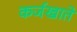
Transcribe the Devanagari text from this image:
कर्जखाते